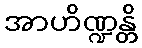
အာဟိဏ္ဍန္တိ